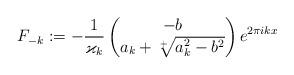
LaTeX: \begin{align*}F_{-k}:=-\frac{1}{\varkappa_k}\begin{pmatrix}-b\\a_k+\sqrt[+]{a_k^2-b^2}\end{pmatrix}e^{2\pi i k x}\end{align*}